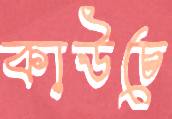
কাউচে